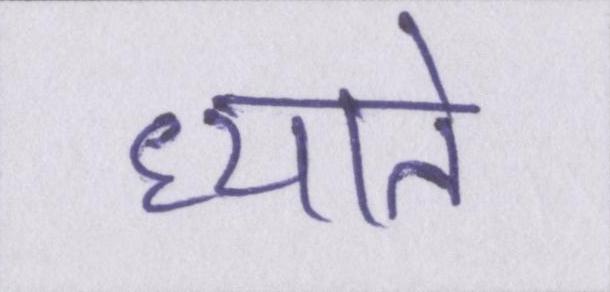
ध्याते